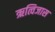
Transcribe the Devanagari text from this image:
ऋत्विजास